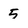
Character: 5